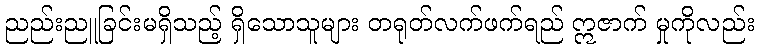
ညည်းညူခြင်းမရှိသည့် ရှိသောသူများ တရုတ်လက်ဖက်ရည် ဣဇာက် မှုကိုလည်း